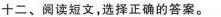
十二、阅读短文,选择正确的答案。